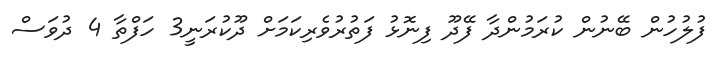
ފުލުހުން ބޭނުން ކުރަމުންދާ ފޭދޫ ފިނޮޅު ފަތުރުވެރިކަމަށް ދޫކުރަނީ3 ހަފްތާ 4 ދުވަސް